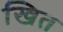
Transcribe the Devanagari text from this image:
खित